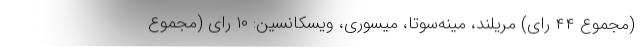
(مجموع ۴۴ رای) مریلند، مینه‌سوتا، میسوری، ویسکانسین: ۱۰ رای (مجموع